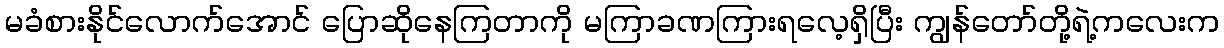
မခံစားနိုင်လောက်အောင် ပြောဆိုနေကြတာကို မကြာခဏကြားရလေ့ရှိပြီး ကျွန်တော်တို့ရဲ့ကလေးက